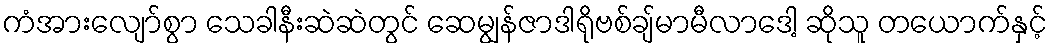
ကံအားလျော်စွာ သေခါနီးဆဲဆဲတွင် ဆေမျွန်ဇာဒါရိုဗစ်ချ်မာမီလာဒေါ့ ဆိုသူ တယောက်နှင့်